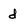
Character: d